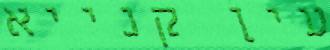
עין קנייא